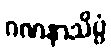
ဂဏနာသိပ္ပံ